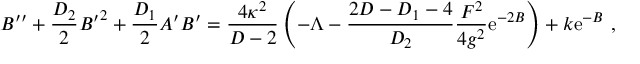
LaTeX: B ^ { \prime \prime } + { \frac { D _ { 2 } } { 2 } } { B ^ { \prime } } ^ { 2 } + { \frac { D _ { 1 } } { 2 } } A ^ { \prime } B ^ { \prime } = { \frac { 4 \kappa ^ { 2 } } { D - 2 } } \left( - \Lambda - { \frac { 2 D - D _ { 1 } - 4 } { D _ { 2 } } } { \frac { F ^ { 2 } } { 4 g ^ { 2 } } } \mathrm { e } ^ { - 2 B } \right) + k \mathrm { e } ^ { - B } ~ ,